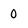
Character: 0